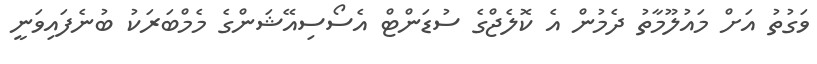
ވަގުތު އަށް މައުލޫމާތު ދެމުން އެ ކޮލެޖްގެ ސުޑަންޓް އެސޯސިއޭޝަންގެ މެމްބަރަކު ބުނެފައިވަނީ